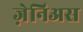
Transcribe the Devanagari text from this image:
ज़ेनिअस